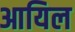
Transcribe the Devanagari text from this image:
आयिल